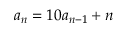
a _ { n } = 1 0 a _ { n - 1 } + n